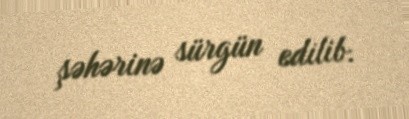
şəhərinə sürgün edilib.